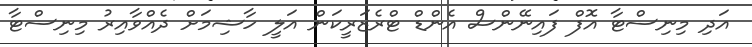
އަދި މިނިސްޓާ އޮފް ފައިނޭންސް އެންޑް ޓްރެޒަރީކަން އަލީ ހާޝިމަށް ދެއްވާއިރު މިނިސްޓާ